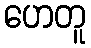
ဟေတူ